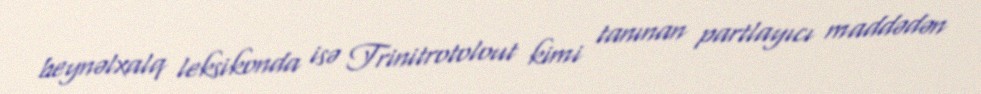
beynəlxalq leksikonda isə Trinitrotolout kimi tanınan partlayıcı maddədən